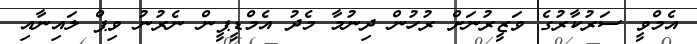
އެމްވީ ސަރުކާރުގެ ވަޒީރުނަށް ރުހުން ދިނުމާ މެދު އެމްޑީޕީން ނެރުނު ވިޕް ލައިނާއި